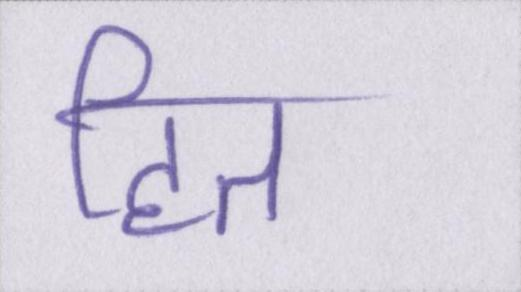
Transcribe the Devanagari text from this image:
हित